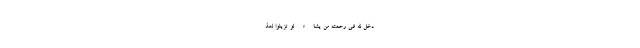
دْخِلَ اللَّهُ فِي رَحْمَتِهِ مَنْ يَشَاءُ لَوْ تَزَيَّلُوا لَعَذ